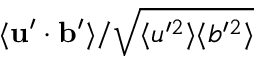
\langle \mathbf { u } ^ { \prime } \cdot \mathbf { b } ^ { \prime } \rangle / \sqrt { \langle u ^ { \prime 2 } \rangle \langle b ^ { \prime 2 } \rangle }